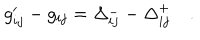
g _ { i j } ^ { \prime } - g _ { i j } = \Delta _ { i j } ^ { - } - \Delta _ { i j } ^ { + } \quad .